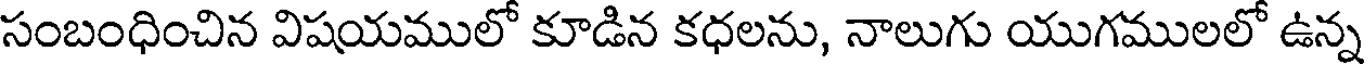
సంబంధించిన విషయములో కూడిన కధలను, నాలుగు యుగములలో ఉన్న